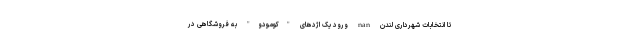
تا انتخابات شهرداری لندن nan ورود یک اژدهای "کومودو" به فروشگاهی در